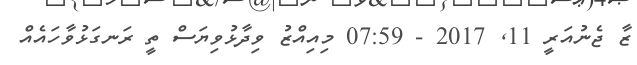
ޒާ ޖެނުއަރީ 11